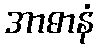
အာဓာနံ